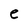
Character: e